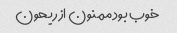
خوب بود ممنون از ریحون